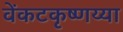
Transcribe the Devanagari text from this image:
वेंकटकृष्णय्या